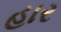
હાર